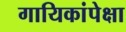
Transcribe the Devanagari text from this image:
गायिकांपेक्षा